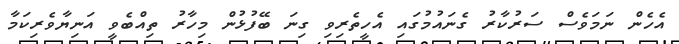
އެހެން ނަމަވެސް ސަރުކާރު ގެނައުމުގައި އެހީތެރިވި ގިނަ ބޭފުޅުން މިހާރު ތިއްބެވީ އަނިޔާވެރިކަމާ